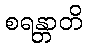
စရန္တာတိ